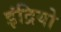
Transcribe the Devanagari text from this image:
इंद्रियो